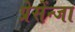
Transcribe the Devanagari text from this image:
प्रेसेंन्जा